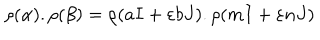
LaTeX: \rho ( \alpha ) . \rho ( \beta ) = \rho ( a I + \varepsilon b J ) . \rho ( m I + \varepsilon n J )